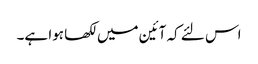
اس لئے کہ آئین میں لکھا ہوا ہے۔